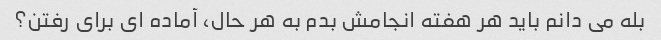
بله می دانم باید هر هفته انجامش بدم به هر حال، آماده ای برای رفتن؟